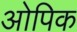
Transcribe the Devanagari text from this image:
ओपिक